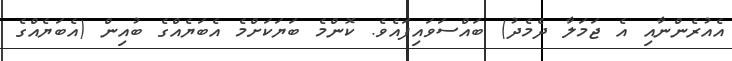
އެއުރެންނާއި އެ ޖަމަލާ ދެމެދު) ބައްސަވައިފައެވެ. ކޮންމެ ބަޔަކަށްމެ އެބަޔެއްގެ ބުއިން (އެބަޔެއްގެ